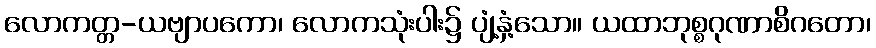
လောကတ္တ-ယဗျာပကော၊ လောကသုံးပါး၌ ပျံ့နှံ့သော။ ယထာဘုစ္စဂုဏာစိဂတော၊